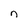
Character: n